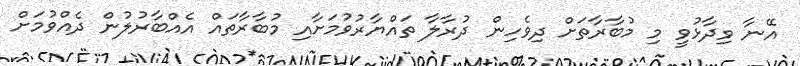
އޭނާ ވިދާޅުވީ މި މުބާރާތަށް ދިވެހިން ދުރާލާ ތައްޔާރުވުމަށާއި މުބާރާތައް އެއްބާރުލުން ދެއްވުމަށް